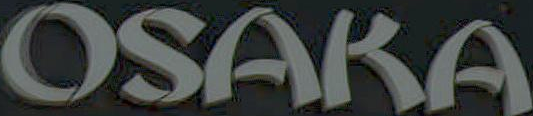
OSAKA